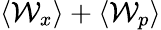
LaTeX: \langle\mathcal{W}_{x}\rangle+\langle\mathcal{W}_{p}\rangle